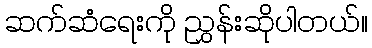
ဆက်ဆံရေးကို ညွှန်းဆိုပါတယ်။